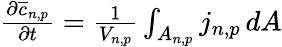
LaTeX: \begin{array}{r}{\frac{\partial\overline{{c}}_{n,p}}{\partial t}=\frac{1}{V_{n,p}}\int_{A_{n,p}}j_{n,p}\, dA}\end{array}